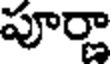
పూర్ణా